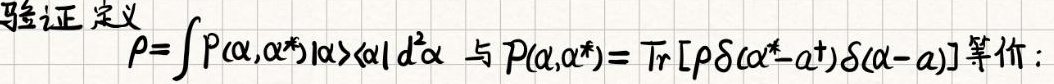
验证定义 $\rho = \int P(\alpha,\alpha^*)|\alpha\rangle\langle\alpha|d^2\alpha$ 与 $P(\alpha,\alpha^*) = \mathrm{Tr}[\rho\delta(\alpha^* - a^\dagger)\delta(\alpha - a)]$ 等价：